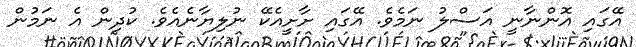
އޭގައި އޮންނާނީ އަސްލު ނަމެވެ. އޭގައި ށާށީއެކޭ ނުލިޔާނެއެވެ. ކުދިން އެ ނަމުން